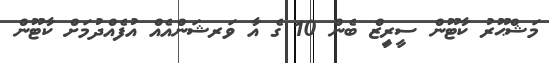
މަޝްޙޫރު ކާޓޫން ސީރިީޒް ބެން 10 ގެ އާ ވަރޝަންއެއް އުފެއްދުމަށް ކާޓޫން